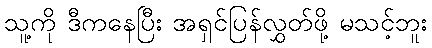
သူ့ကို ဒီကနေပြီး အရှင်ပြန်လွှတ်ဖို့ မသင့်ဘူး